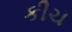
કીચ